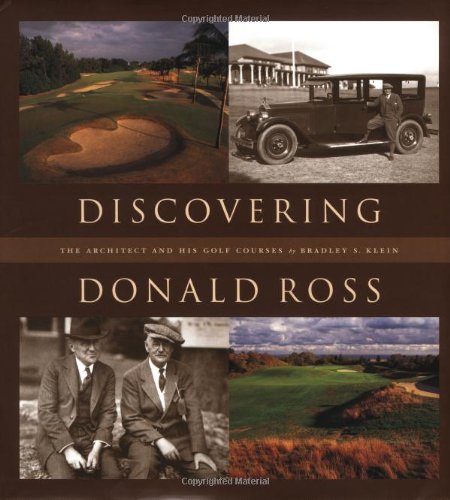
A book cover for Discovering Donald Ross: The Architect and his Golf Courses; Bradley S. Klein; Biographies & Memoirs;